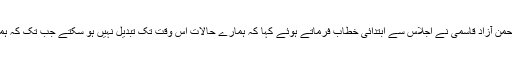
قبل ازیں بورڈ کے رکن مولانا جنیدالرحمن آزاد قاسمی نے اجلاس سے ابتدائی خطاب فرماتے ہوئے کہا کہ ہمارے حالات اس وقت تک تبدیل نہیں ہو سکتے جب تک کہ ہماری صفوں میں اتحاد نہ قائم ہوجائے ۔